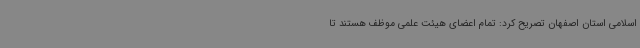
اسلامی استان اصفهان تصریح کرد: تمام اعضای هیئت علمی موظف هستند تا